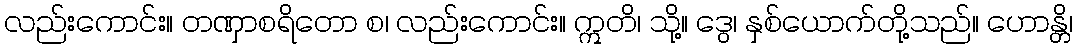
လည်းကောင်း။ တဏှာစရိတော စ၊ လည်းကောင်း။ ဣတိ၊ သို့။ ဒွေ၊ နှစ်ယောက်တို့သည်။ ဟောန္တိ၊